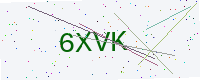
Text: 6XVK